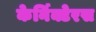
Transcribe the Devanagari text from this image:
केर्निक्टेरस